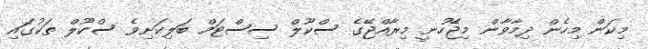
މިކަން މިހެން ދިމާވާން މިޖެެހުނީ މިރާއްޖޭގެ ސްކޫލް ސިސްޓަމް ބަލިކަށިވެ ސްކޫލް ތަކުގައި